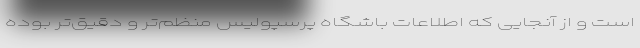
است و از آنجایی که اطلاعات باشگاه پرسپولیس منظم‌تر و دقیق‌تر بوده